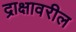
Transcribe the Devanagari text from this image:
द्राक्षावरील